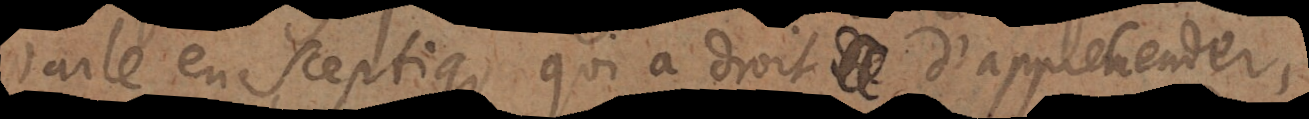
parle en sceptique, qui a droit d’apprehender,